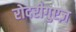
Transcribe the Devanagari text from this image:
रोदरीगुएज़